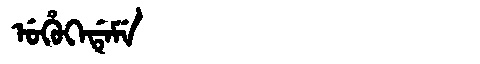
Manchu: ᡠᡥᡠᡴᡝᡩᡝᠮᡝ
Romanization: UHUKEDEME